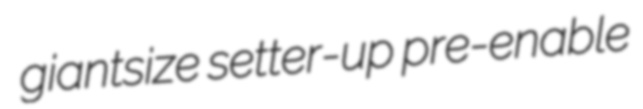
giantsize setter-up pre-enable